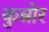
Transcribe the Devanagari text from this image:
कुन्नोर